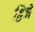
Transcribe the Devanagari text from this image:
द्विजें